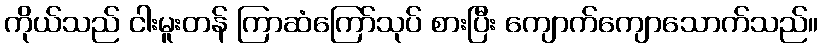
ကိုယ်သည် ငါးမူးတန် ကြာဆံကြော်သုပ် စားပြီး ကျောက်ကျောသောက်သည်။